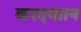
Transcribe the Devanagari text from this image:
करदयाान